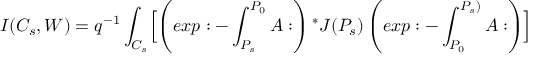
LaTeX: I ( C _ { s } , W ) = q ^ { - 1 } \int _ { C _ { s } } \Bigl [ \left( e x p : - \int _ { P _ { s } } ^ { P _ { 0 } } A : \right) { ^ * J } ( P _ { s } ) \left( e x p : - \int _ { P _ { 0 } } ^ { P _ { s } ) } A : \right) \Bigr ]